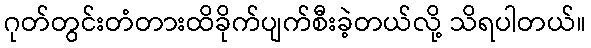
ဂုတ်တွင်းတံတားထိခိုက်ပျက်စီးခဲ့တယ်လို့ သိရပါတယ်။